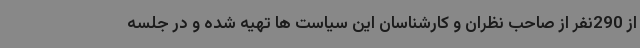
از 290نفر از صاحب نظران و کارشناسان این سیاست ها تهیه شده و در جلسه